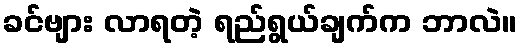
ခင်ဗျား လာရတဲ့ ရည်ရွယ်ချက်က ဘာလဲ။